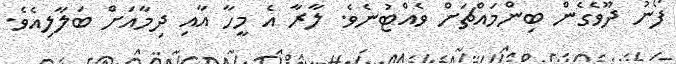
ފޯނު ދޫވެގެން ބިންމައްޗަށް ވެއްޓުނެވެ. ލާރާ އެ މީހާ އާއި ދިމާއަށް ބަލާލިއެވެ.